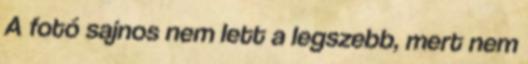
A fotó sajnos nem lett a legszebb, mert nem